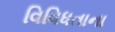
વિવિધતાના